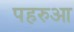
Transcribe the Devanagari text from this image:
पहरुआ